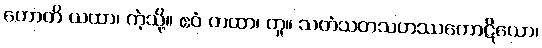
ဟောတိ ယထာ၊ ကဲ့သို့။ ဧဝံ တထာ၊ တူ။ သတံသတသဟဿကောဋိယော၊